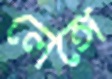
লেঙ্গে